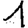
Digit: 1